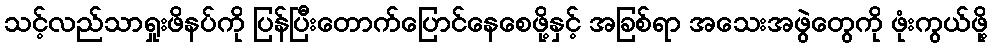
သင့်လည်သာရှုးဖိနပ်ကို ပြန်ပြီးတောက်ပြောင်နေစေဖို့နှင့် အခြစ်ရာ အသေးအဖွဲတွေကို ဖုံးကွယ်ဖို့